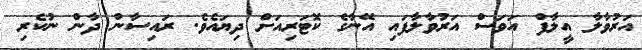
އަރުވާލާ އީލާފް އަވަސް އަރުވާލާފައި އޭނާގެ ކޮޓަރިއަށް ދިޔައެވެ. ރައިސާން ދާން ނުކެރި